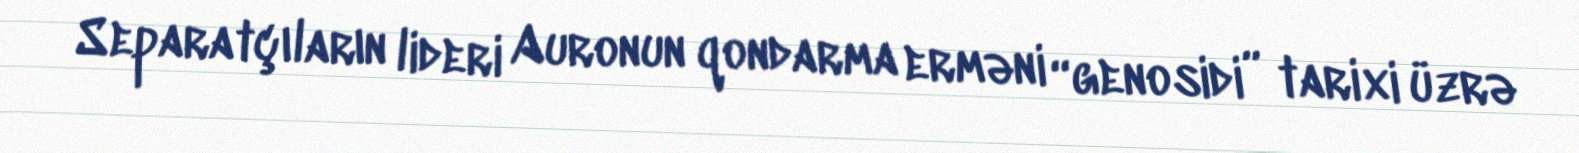
Separatçıların lideri Auronun qondarma erməni “genosidi” tarixi üzrə